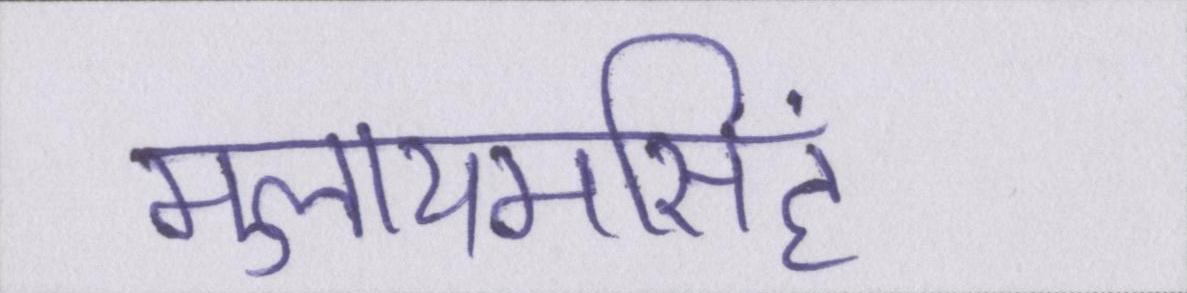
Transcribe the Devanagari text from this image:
मुलायमसिंह